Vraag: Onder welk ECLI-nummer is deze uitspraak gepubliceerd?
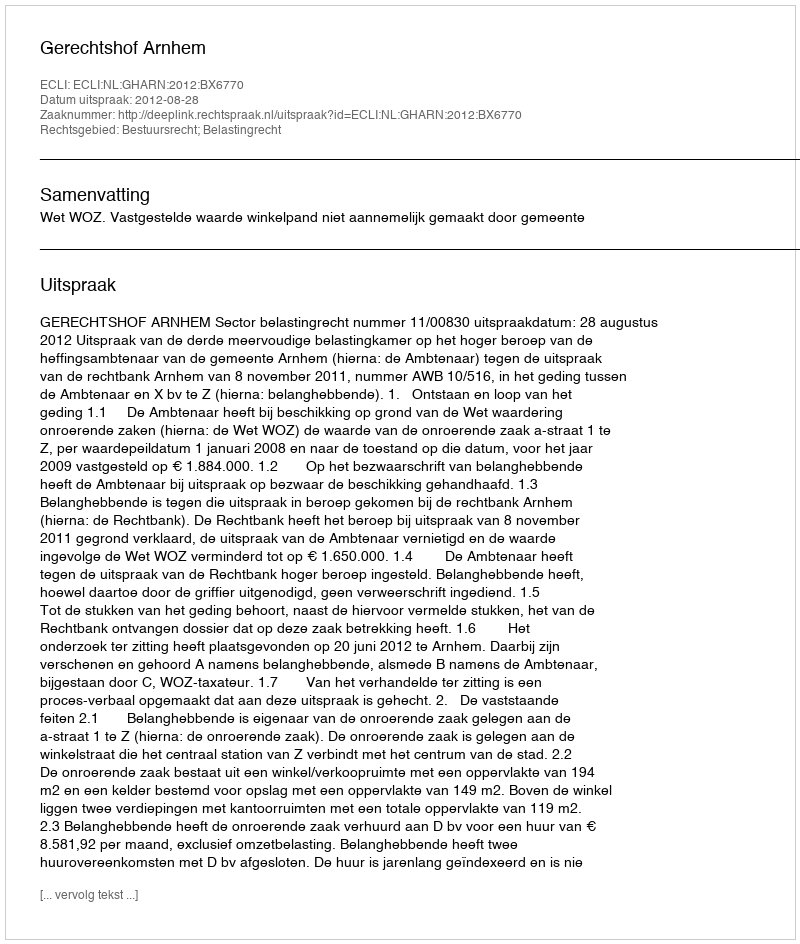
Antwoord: ECLI:NL:GHARN:2012:BX6770